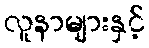
လူနာများနှင့်